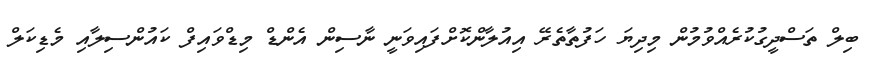
ބިލް ތަސްދީގުކުރެއްވުމުން މިދިޔަ ހަފުތާތެރޭ އިއުލާންކޮށްފައިވަނީ ނާސިން އެންޑް މިޑްވައިފް ކައުންސިލާއި މެޑިކަލް